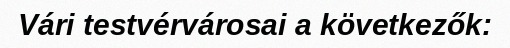
Vári testvérvárosai a következők: